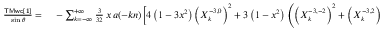
\small \begin{array} { r l } { \frac { \sf T M w c [ 1 ] } { \sin \theta } = } & { { } - \sum _ { k = - \infty } ^ { + \infty } \frac { 3 } { 3 2 } \, x \, a ( - k n ) \bigg [ 4 \left( 1 - 3 x ^ { 2 } \right) \left( X _ { k } ^ { - 3 , 0 } \right) ^ { 2 } + 3 \left( 1 - x ^ { 2 } \right) \left( \left( X _ { k } ^ { - 3 , - 2 } \right) ^ { 2 } + \left( X _ { k } ^ { - 3 , 2 } \right) ^ { 2 } \right) \bigg ] } \end{array}